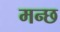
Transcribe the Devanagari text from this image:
मन्छ